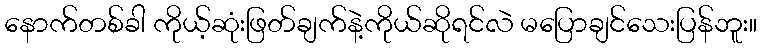
နောက်တစ်ခါ ကိုယ့်ဆုံးဖြတ်ချက်နဲ့ကိုယ်ဆိုရင်လဲ မပြောချင်သေးပြန်ဘူး။